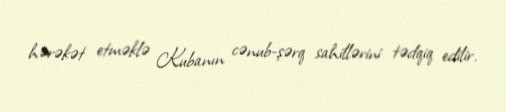
hərəkət etməklə Kubanın cənub-şərq sahillərini tədqiq edilir.